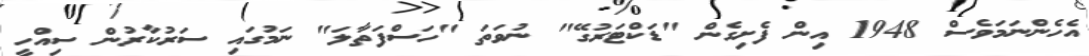
އެހެންނަމަވެސް 1948 އިން ފެށިގެން "ޑަކްޓަރުގޭ" ނުވަތަ "ހަސްފަތާލަ" ނަމުގައި ސަރުކާރުން ސިއްހީ